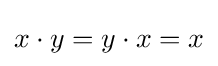
x\cdot y=y\cdot x=x